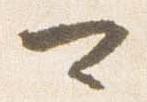
可